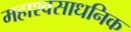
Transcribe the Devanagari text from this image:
महाश्वसाधनिक